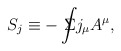
\begin{align*}S_j\equiv -\int \!\!\!\!\!\!\Sigma j_\mu A^\mu ,\end{align*}